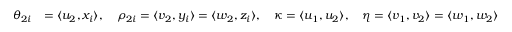
\begin{array} { r l } { \theta _ { 2 i } } & { = \langle u _ { 2 } , x _ { i } \rangle , \quad \rho _ { 2 i } = \langle v _ { 2 } , y _ { i } \rangle = \langle w _ { 2 } , z _ { i } \rangle , \quad \kappa = \langle u _ { 1 } , u _ { 2 } \rangle , \quad \eta = \langle v _ { 1 } , v _ { 2 } \rangle = \langle w _ { 1 } , w _ { 2 } \rangle } \end{array}